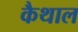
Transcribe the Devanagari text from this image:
कैथाल